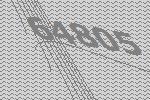
64805